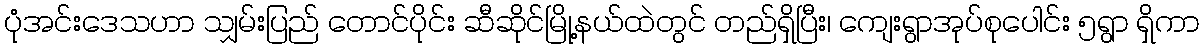
ပုံအင်းဒေသဟာ သျှမ်းပြည် တောင်ပိုင်း ဆီဆိုင်မြို့နယ်ထဲတွင် တည်ရှိပြီး၊ ကျေးရွာအုပ်စုပေါင်း ၅ရွာ ရှိကာ